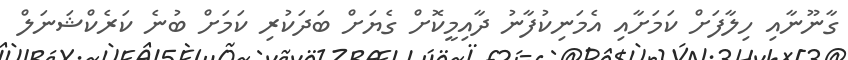
ގާނޫނާއި ހިލާފަށް ކަމަށާއި އެމަނިކުފާނު ދާއިމީކޮށް ގެޔަށް ބަދަކުރި ކަމަށް ބުނެ ކަރެކްޝަނަލް